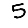
Digit: 5